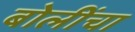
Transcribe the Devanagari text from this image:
बोलींचा